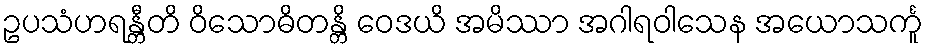
ဥပသံဟရန္တီတိ ဝိသောဓိတန္တိ ဝေဒယိ အမိဿာ အဂါရဝါသေန အယောသင်္ကူ